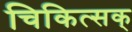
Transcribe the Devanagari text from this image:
चिकित्सक्